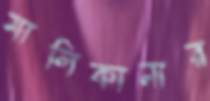
মালিকানার